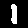
Digit: 1